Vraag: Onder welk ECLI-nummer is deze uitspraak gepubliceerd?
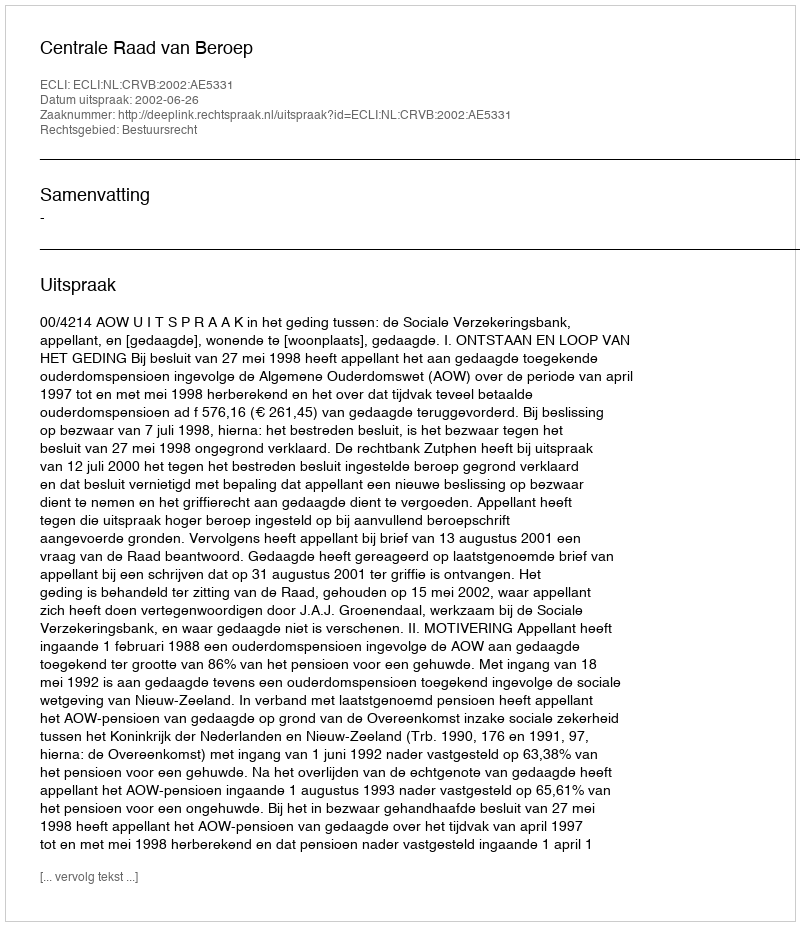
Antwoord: ECLI:NL:CRVB:2002:AE5331